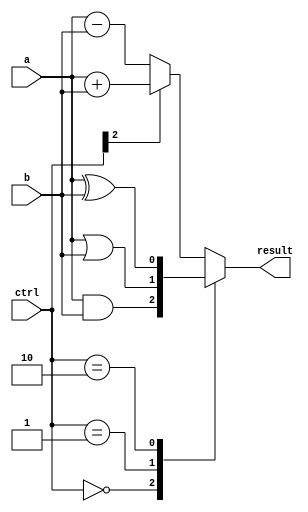
module ALU_1bit (
    input wire a, // 1-bit input
    input wire b, // 1-bit input
    input wire [2:0] ctrl, // Control input to select operation
    output reg result // Output of the ALU
);

// Define functional blocks
assign and_out = a & b;
assign or_out = a | b;
assign xor_out = a ^ b;
assign add_sub_out = (ctrl[2] == 1) ? (a + b) : (a - b);

// Output based on control input
always @*
begin
    case (ctrl)
        3'b000: result = and_out; // AND operation
        3'b001: result = or_out; // OR operation
        3'b010: result = xor_out; // XOR operation
        default: result = add_sub_out; // Addition/Subtraction operation
    endcase
end

endmodule